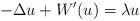
LaTeX: \begin{align*}-\Delta u+W^{\prime }(u)=\lambda u \end{align*}